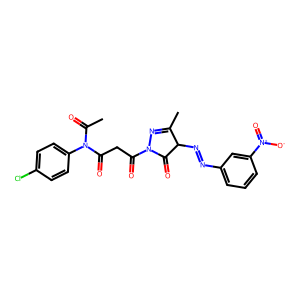
SMILES: CC(=O)N(C(=O)CC(=O)N1N=C(C)C(N=Nc2cccc([N+](=O)[O-])c2)C1=O)c1ccc(Cl)cc1
Inhibits HIV replication: No